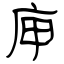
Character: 庘